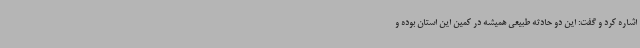
اشاره کرد و گفت: این دو حادثه طبیعی همیشه در کمین این استان بوده و